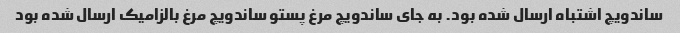
ساندویچ اشتباه ارسال شده بود. به جای ساندویچ مرغ پستو ساندویچ مرغ بالزامیک ارسال شده بود